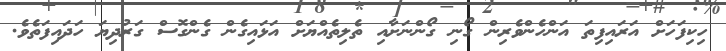
ހިކިފަހަށް އަރައިފިތަ އަންހެންވެރިން ގޯނި ގޯންނަށާއި ތެލިތެއްޔަށް އަޅައިގެން ގެންގޮސް ގަރުދިޔަ ހަދައިފަތެވެ.